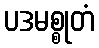
ပဒမစ္စုတံ